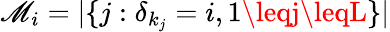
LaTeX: \mathscr{M}_{i}=|\{ j:\delta_{k_{j}}=i,1\leqj\leqL\} |